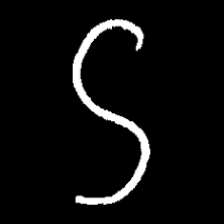
Pyu character \u2014 Myanmar letter: ဌ (romanized: ttha)